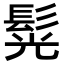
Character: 𩭂